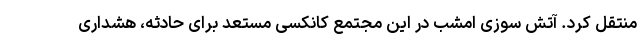
منتقل کرد. آتش سوزی امشب در این مجتمع کانکسی مستعد برای حادثه، هشداری